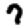
Digit: 7